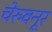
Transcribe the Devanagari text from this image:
चेरुवनूर